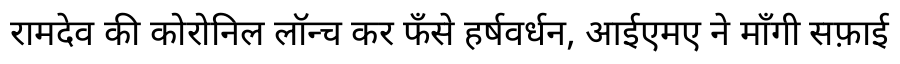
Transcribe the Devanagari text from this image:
रामदेव की कोरोनिल लॉन्च कर फँसे हर्षवर्धन, आईएमए ने माँगी सफ़ाई